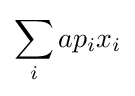
\sum _{i}ap_{i}x_{i}